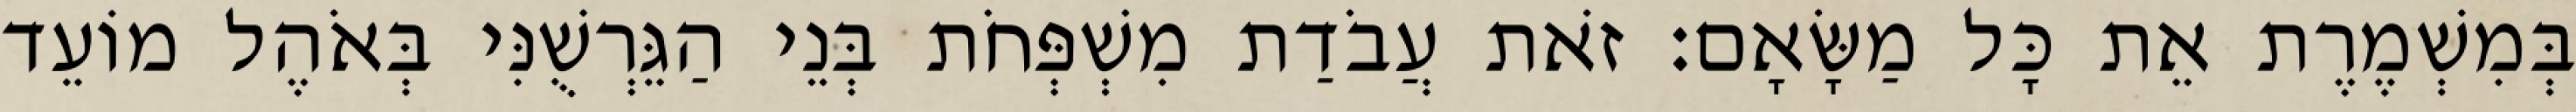
בְּמִשְׁמֶרֶת אֵת כָּל מַשָּׂאָם׃ זֹאת עֲבֹדַת מִשְׁפְּחֹת בְּנֵי הַגֵּרְשֻׁנִּי בְּאֹהֶל מוֹעֵד